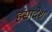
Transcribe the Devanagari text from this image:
हंसादेश